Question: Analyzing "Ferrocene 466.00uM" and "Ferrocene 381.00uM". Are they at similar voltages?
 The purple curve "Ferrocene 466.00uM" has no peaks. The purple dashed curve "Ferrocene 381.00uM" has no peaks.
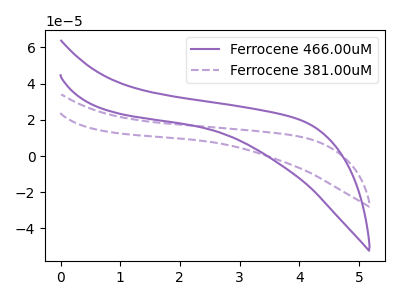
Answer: <think>Neither "Ferrocene 466.00uM" or "Ferrocene 381.00uM" have any peaks.
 </think>
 <answer>"Ferrocene 466.00uM" and "Ferrocene 381.00uM" are similar in shape.</answer>
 <eval>same_shape</eval>